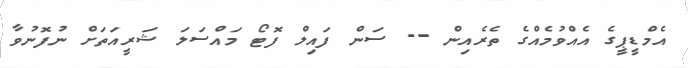
އެމްޑީޕީގެ އެއްވުމެއްގެ ތެރެއިން -- ސަން ފައިލް ފޮޓޯ މަައްސަލަ ޝަރީއަތަށް ނުފޮނުވާ